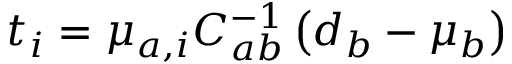
\begin{array} { r } { t _ { i } = \mu _ { a , i } C _ { a b } ^ { - 1 } \left( { d _ { b } - \mu _ { b } } \right) } \end{array}